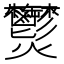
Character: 𤓮